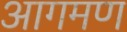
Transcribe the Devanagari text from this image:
आगमण